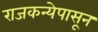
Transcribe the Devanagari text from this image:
राजकन्येपासून